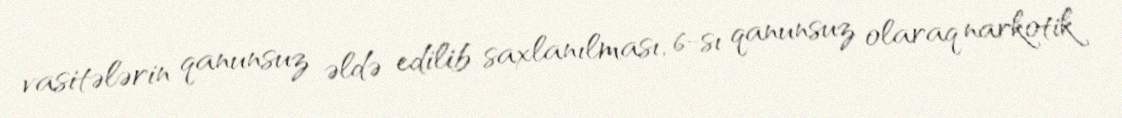
vasitələrin qanunsuz əldə edilib saxlanılması, 6-sı qanunsuz olaraq narkotik